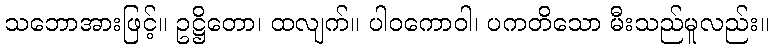
သဘောအားဖြင့်။ ဥဋ္ဌိတော၊ ထလျက်။ ပါဝကောဝါ၊ ပကတိသော မီးသည်မူလည်း။